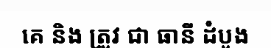
គេ និង ត្រូវ ជា ធានី ដំបូង